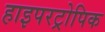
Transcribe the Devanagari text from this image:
हाइपरट्रोपिक